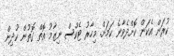
ކުރަން އެކަން ކޮށްދެވާނެ ކަމަށް. މިހާރު ޓެކްސް ނިޒާމު އޮތް ގޮތުން ކުދިން